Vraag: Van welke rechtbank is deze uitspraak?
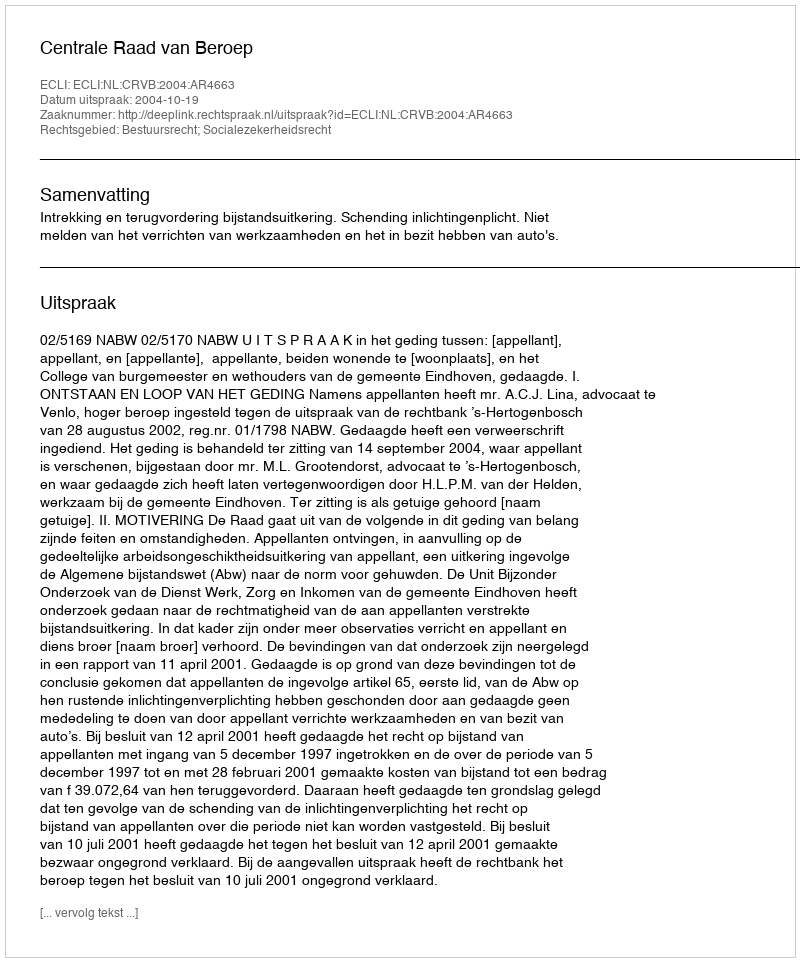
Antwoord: Centrale Raad van Beroep